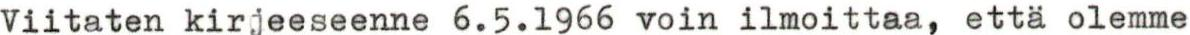
Viitaten kirjeeseenne 6.5.1966 voin ilmoittaa, että olemme